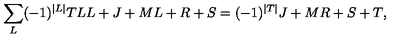
\sum _ { L } ( - 1 ) ^ { \vert L \vert } { \binom { T } { L } } { \binom { L + J + M } { L + R + S } } = ( - 1 ) ^ { \vert T \vert } { \binom { J + M } { R + S + T } } ,